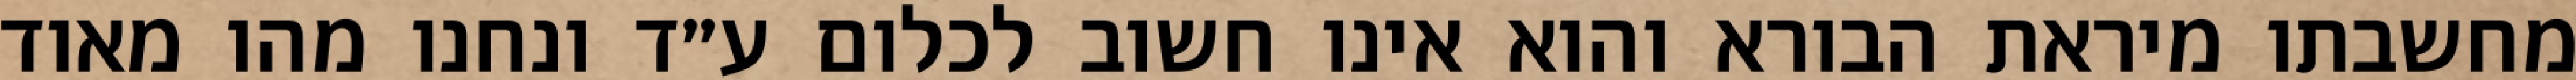
מחשבתו מיראת הבורא והוא אינו חשוב לכלום ע״ד ונחנו מהו מאוד